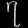
Digit: ၇